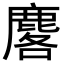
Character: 𪊲